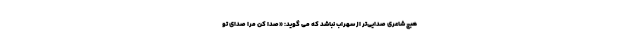
هیچ شاعری صدایی‌تر از سهراب نباشد که می گوید: «صدا کن مرا صدای تو